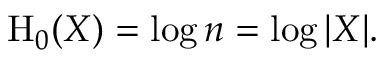
\mathrm { H } _ { 0 } ( X ) = \log n = \log | X | .